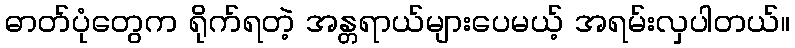
ဓာတ်ပုံတွေက ရိုက်ရတဲ့ အန္တရာယ်များပေမယ့် အရမ်းလှပါတယ်။